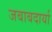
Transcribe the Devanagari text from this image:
जबाबदार्या